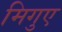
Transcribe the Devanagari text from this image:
मिगुए